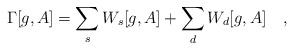
\begin{align*}\Gamma[g,A]=\sum_s W_s[g,A]+\sum_d W_d[g,A]~~~,\end{align*}